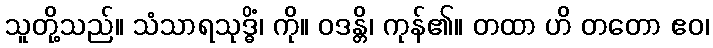
သူတို့သည်။ သံသာရသုဒ္ဓိံ၊ ကို။ ဝဒန္တိ၊ ကုန်၏။ တထာ ဟိ တတော ဧဝ၊